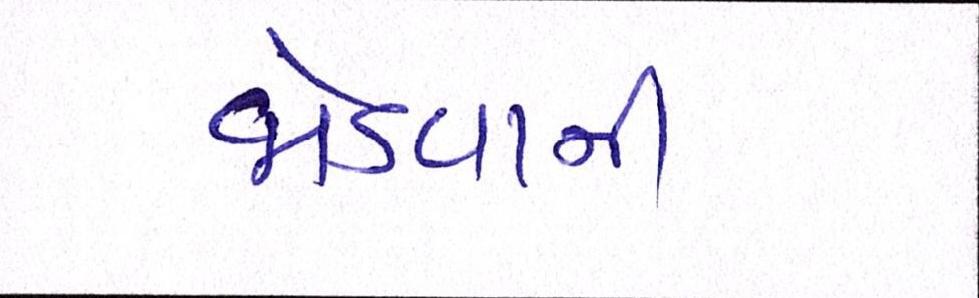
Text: જોડવાની